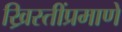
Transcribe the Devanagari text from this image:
ख्रिस्तींप्रमाणे